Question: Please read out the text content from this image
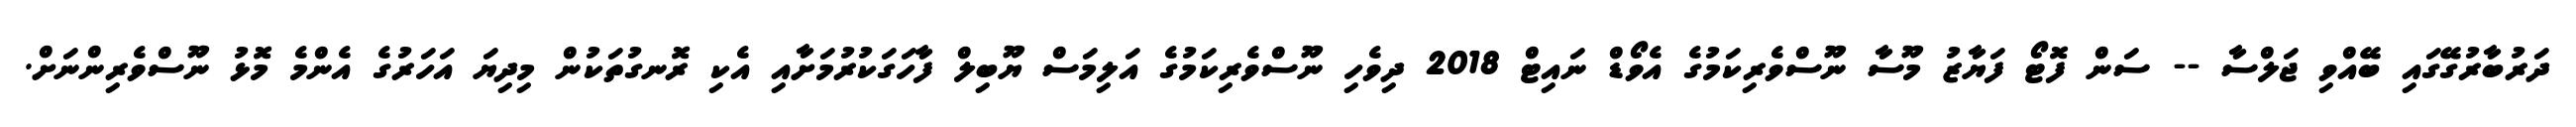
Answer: ދަރުބާރުގޭގައި ބޭއްވި ޖަލްސާ -- ސަން ފޮޓޯ ފަޔާޒު މޫސާ ނޫސްވެރިކަމުގެ އެވޯޑް ނައިޓް 2018 ދިވެހި ނޫސްވެރިކަމުގެ އަލިމަސް ޔޫބިލް ފާހަގަކުރުމަށާއި އެކި ރޮނގުތަކުން މިދިޔަ އަހަރުގެ އެންމެ މޮޅު ނޫސްވެރިންނަށް.